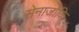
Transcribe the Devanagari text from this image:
सेनाजोकि